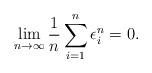
LaTeX: \begin{align*}\lim_{n \rightarrow\infty} \frac{1}{n}\sum_{i=1}^n\epsilon^n_i = 0. \end{align*}